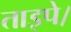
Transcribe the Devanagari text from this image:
ताइपे।